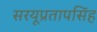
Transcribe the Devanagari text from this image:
सरयूप्रतापसिंह